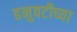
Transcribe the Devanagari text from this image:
हनुवटीच्या